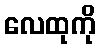
လေထုကို